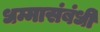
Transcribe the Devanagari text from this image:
धम्मासंबंधी